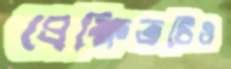
প্রেক্ষিতটিও